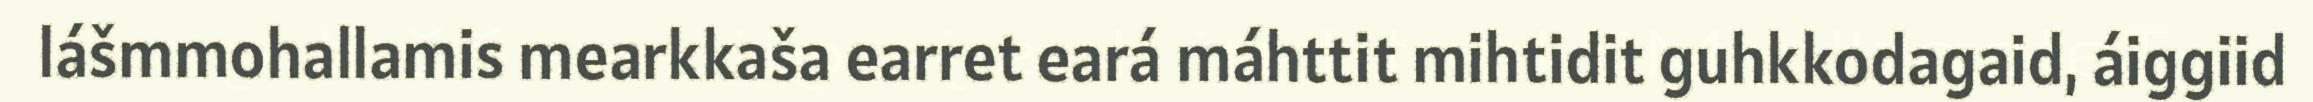
lášmmohallamis mearkkaša earret eará máhttit mihtidit guhkkodagaid, áiggiid